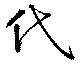
代